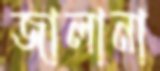
জালানা